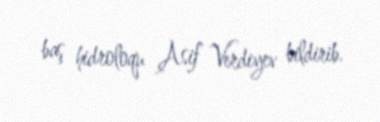
baş hidroloqu Asif Verdiyev bildirib.